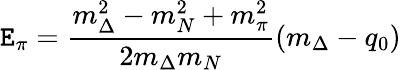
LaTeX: \mathtt{E}_{\pi}={\frac{{m_{\Delta}^{2}-m_{N}^{2}+m_{\pi}^{2}}}{{2m_{\Delta}m_{N}}}}(m_{\Delta}-q_{0})